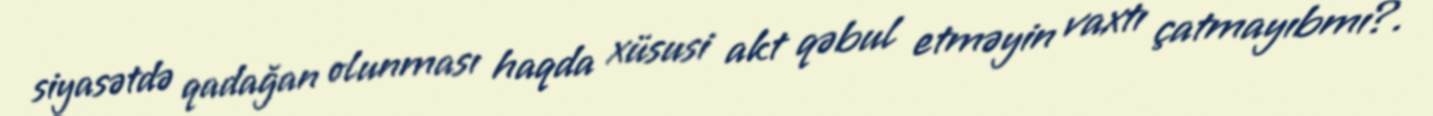
siyasətdə qadağan olunması haqda xüsusi akt qəbul etməyin vaxtı çatmayıbmı?.